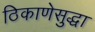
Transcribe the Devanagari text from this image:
ठिकाणेसुद्धा